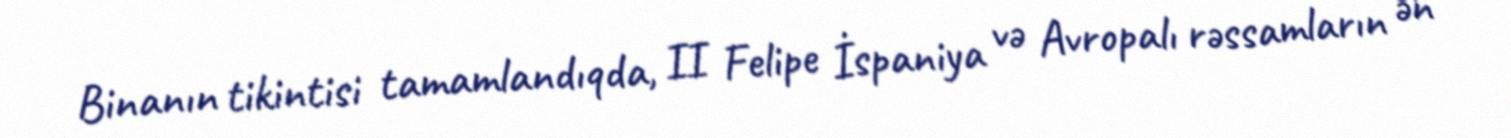
Binanın tikintisi tamamlandıqda, II Felipe İspaniya və Avropalı rəssamların ən